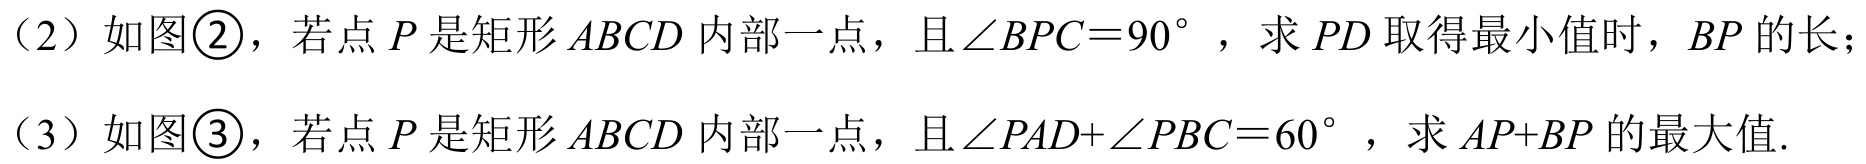
（2）如图\textcircled{2}，若点\(P\)是矩形\(ABCD\)内部一点，且\(\angle BPC = 90^{\circ}\)，求\(PD\)取得最小值时，\(BP\)的长；
（3）如图\textcircled{3}，若点\(P\)是矩形\(ABCD\)内部一点，且\(\angle PAD+\angle PBC = 60^{\circ}\)，求\(AP + BP\)的最大值.